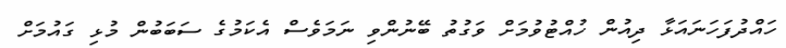
ހައްދުފަހަނައަޅާ ދިއުން ހުއްޓުވުމަށް ވަގުތު ބޭނުންވި ނަމަވެސް އެކަމުގެ ސަބަބުން މުޅި ގައުމަށް